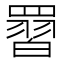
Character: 𮊙